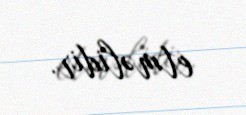
etməlidir.